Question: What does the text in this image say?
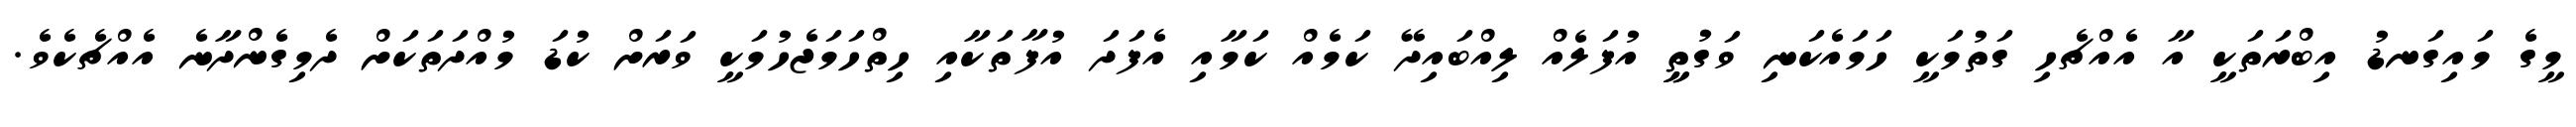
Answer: މީގެ މައިގަނޑު އިބްރަތަކީ އާ އެއްޗެހި ގަތުމަކީ ހަމައެކަނި ވަގުތީީ އުފަލެއް ލިއްބައިދޭ ކަމެއް ކަމާއި އެފަދަ އުފާތަކާއި ހިތްހަމަޖެހުމަކީ ވަރަށް ކުޑަ މުއްދަތަކަށް ދެމިގެންދާނެ އެއްޗެކެވެ.